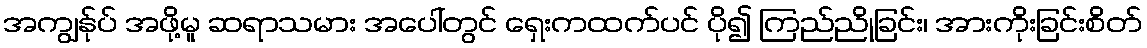
အကျွန်ုပ် အဖို့မူ ဆရာသမား အပေါ်တွင် ရှေးကထက်ပင် ပို၍ ကြည်ညိုခြင်း၊ အားကိုးခြင်းစိတ်